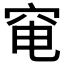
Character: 𥥗